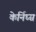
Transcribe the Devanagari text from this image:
केर्निघ्ग्न